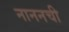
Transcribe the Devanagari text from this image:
नाननची